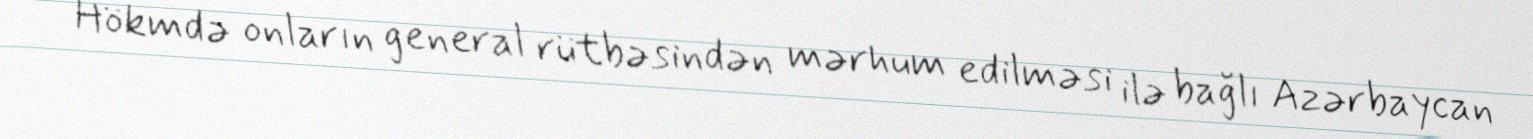
Hökmdə onların general rütbəsindən mərhum edilməsi ilə bağlı Azərbaycan